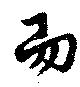
而